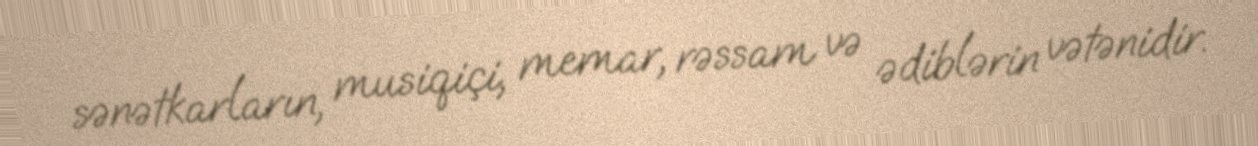
sənətkarların, musiqiçi, memar, rəssam və ədiblərin vətənidir.